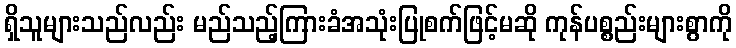
ရှိသူများသည်လည်း မည်သည့်ကြားခံအသုံးပြုစက်ဖြင့်မဆို ကုန်ပစ္စည်းများစွာကို